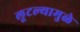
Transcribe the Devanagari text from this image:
लूटल्यामुळे